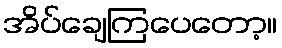
အိပ်ချေကြပေတော့။